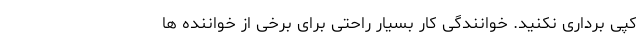
کپی برداری نکنید. خوانندگی کار بسیار راحتی برای برخی از خواننده ها